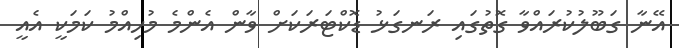
އޭނާ ގަބޫލުކުރައްވާ ގޮތުގައި ރަނގަޅު ޑޮކްޓަރަކަށް ވާން އެންމެ މުހިއްމު ކަމަކީ އެއީ